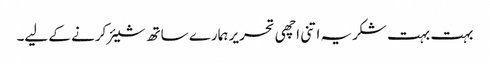
بہت بہت شکریہ اتنی اچھی تحریر ہمارے ساتھ شیئر کرنے کے لیے۔